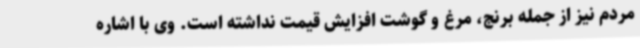
مردم نیز از جمله برنج، مرغ و گوشت‌ افزایش قیمت نداشته است. وی با اشاره